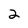
Character: 2